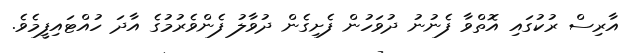
އާރިސް ރުކުގައި އޮތްވާ ފެނުނު ދުވަހުން ފެށިގެން ދުވާލު ފެންވެރުމުގެ އާދަ ހުއްޓައިފީމެވެ.